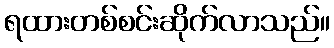
ရထားတစ်စင်းဆိုက်လာသည်။